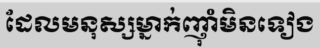
ដែលមនុស្សម្នាក់ញ៉ាំមិនទៀង